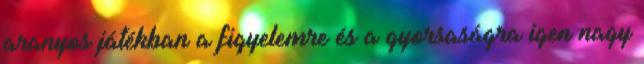
aranyos játékban a figyelemre és a gyorsaságra igen nagy